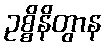
ဥစ္စိနိတွာန